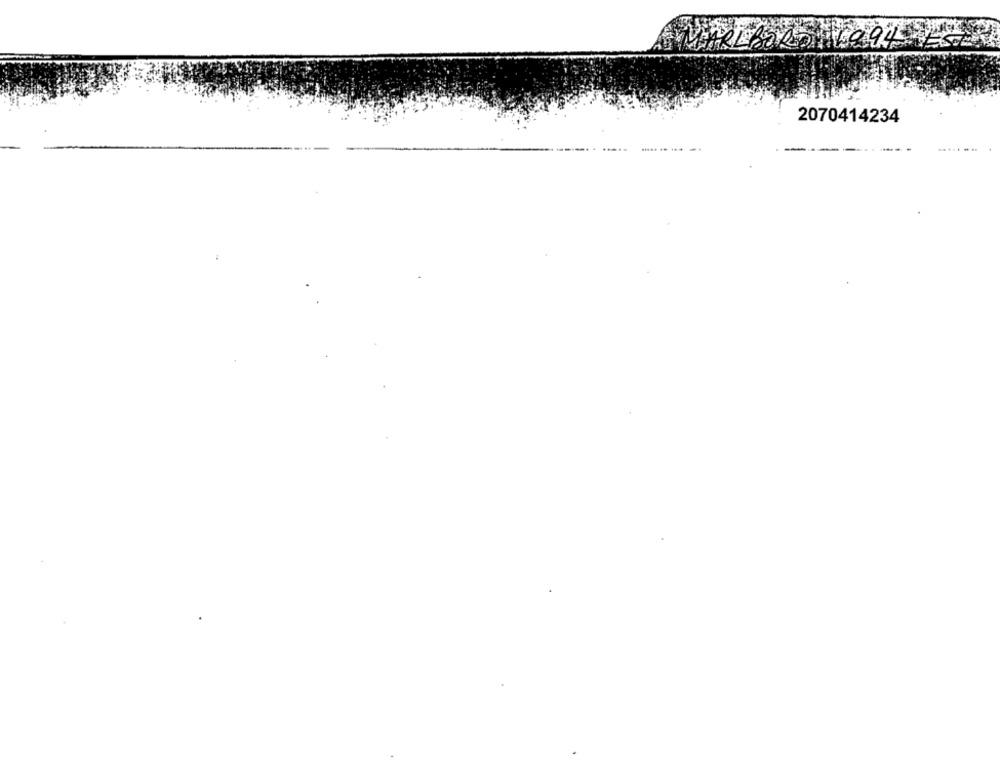
2070414234
. ..